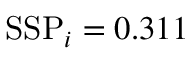
\mathrm { S S P } _ { i } = 0 . 3 1 1